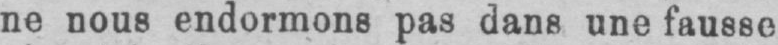
ne nous endormons pas dans une fausse